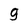
Character: 9